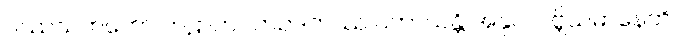
ဝဿသတတော တဠာကဂတဥဒကဿ ဝတာယန္တိ အနုပလဗ္ဘိယမာနေတိ